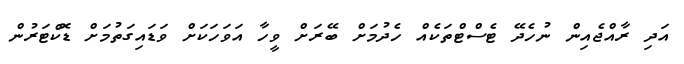
އަދި ރާއްޖެއިން ނުހެދޭ ޓެސްޓްތަކެއް ހެދުމަށް ބޭރަށް ވީހާ އަވަހަކަށް ވަޑައިގަތުމަށް ޑޮކްޓަރުން